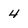
Character: 4